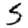
Digit: 5